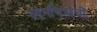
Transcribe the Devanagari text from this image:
व्यंगचित्रांचीं